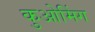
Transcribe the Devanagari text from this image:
कुओमिंग